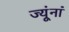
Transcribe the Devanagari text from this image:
ज्यूंनां